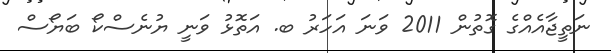
ނަތީޖާއެއްގެ ގޮތުން 2011 ވަނަ އަހަރު ބ. އަތޮޅު ވަނީ ޔުނެސްކޯ ބަޔޯސް